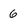
Character: 6